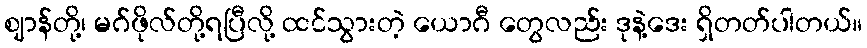
ဈာန်တို့၊ မဂ်ဖိုလ်တို့ရပြီလို့ ထင်သွားတဲ့ ယောဂီ တွေလည်း ဒုနဲ့ဒေး ရှိတတ်ပါတယ်။